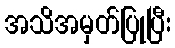
အသိအမှတ်ပြုပြီး